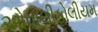
ઓવાલીફોલીયમ